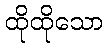
ထိုထိုသော